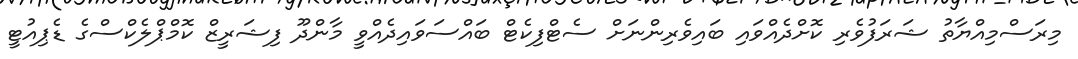
މިރަސްމިއްޔާތު ޝަރަފުވެރި ކޮށްދެއްވައި ބައިވެރިންނަށް ސެޓްފިކެޓް ބައްސަވައިދެއްވީ މާންދޫ ފިޝަރީޒް ކޮމްޕްލެކްސްގެ ޑެޕިއުޓީ